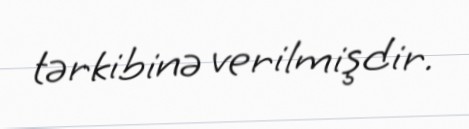
tərkibinə verilmişdir.